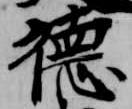
徳